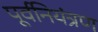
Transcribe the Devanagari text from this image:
पूर्वनियंत्रण